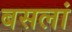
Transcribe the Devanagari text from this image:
बसलां